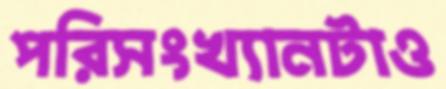
পরিসংখ্যানটাও